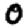
Digit: 0